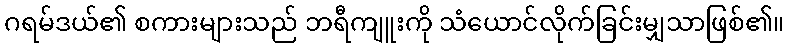
ဂရမ်ဒယ်၏ စကားများသည် ဘရီကျူးကို သံယောင်လိုက်ခြင်းမျှသာဖြစ်၏။